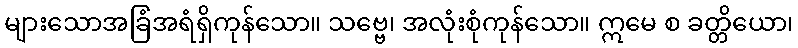
များသောအခြံအရံရှိကုန်သော။ သဗ္ဗေ၊ အလုံးစုံကုန်သော။ ဣမေ စ ခတ္တိယော၊